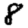
Digit: 8